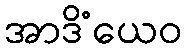
အာဒိံယေဝ